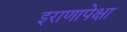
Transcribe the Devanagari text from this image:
इराणापेक्षा